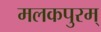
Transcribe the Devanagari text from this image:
मलकपुरम्‌